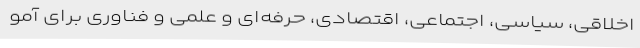
اخلاقی، سیاسی، اجتماعی، اقتصادی، حرفه‌ای و علمی و فناوری برای آمو